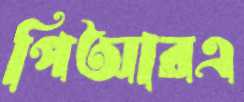
পিআরএ